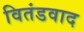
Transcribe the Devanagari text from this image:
वितंडवाद